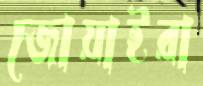
জোয়াইরা